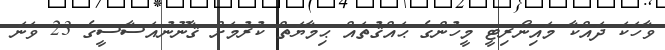
ވާހަކަ ދައްކާ މައިނޯރިޓީ މީހުންގެ ޙައްޤުތައް ޙިމާޔަތް ކުރުމަށް ޤާނޫނުއަސާސީގެ 23 ވަނަ